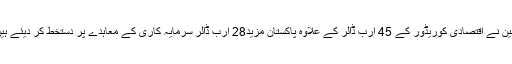
چین نے اقتصادی کوریڈور کے 45 ارب ڈالر کے علاوہ پاکستان مزید28 ارب ڈالر سرمایہ کاری کے معاہدے پر دستخط کر دیئے ہیں۔